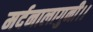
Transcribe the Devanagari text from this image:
मर्दनालागुनी।।